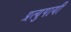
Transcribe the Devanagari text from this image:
प्रत्युपायी